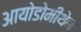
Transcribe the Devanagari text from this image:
आयोडोमीथेन